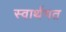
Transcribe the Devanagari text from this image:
स्वार्थगत